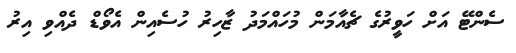
ސެންޓޭ އަށް ހަވީރުގެ ޗެއާމަން މުހައްމަދު ޒާހިރު ހުސެއިން އެވޯޑް ދެއްވި އިރު